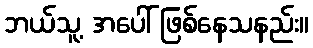
ဘယ်သူ့ အပေါ် ဖြစ်နေသနည်း။